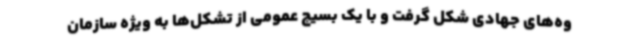
وه‌های جهادی شکل گرفت و با یک بسیج عمومی از تشکل‌ها به ویژه سازمان